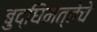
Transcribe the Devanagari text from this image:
बुद्घिमत्तेचे